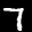
Label: 7